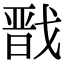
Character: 戬